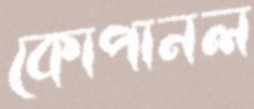
কোপানল